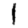
Digit: 1